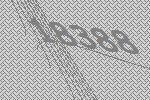
18388